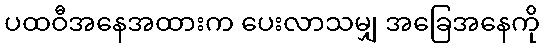
ပထဝီအနေအထားက ပေးလာသမျှ အခြေအနေကို